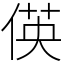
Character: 偀